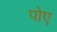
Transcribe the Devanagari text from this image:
पोए